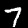
Label: 7